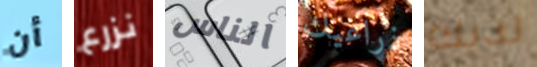
أن نزرع الناس ذراعيك لديك